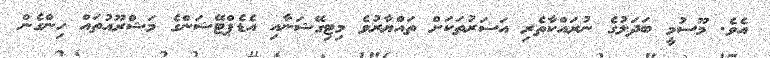
އެވެ. މޫސުމީ ބަދަލުގެ ނުރައްކާތެރި އަސަރުތަކަށް ތައްޔާރުވެ މިޓިގޭޝަނާއި އެޑެޕްޓޭޝަންގެ މަޝްރޫއުތައް ހިންގެން